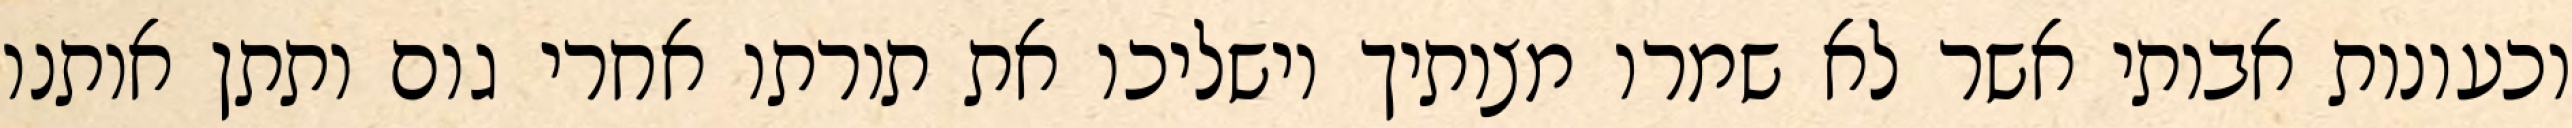
וכעונות אבותי אשר לא שמרו מצותיך וישליכו את תורתו אחרי גום ותתן אותנו